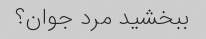
ببخشید مرد جوان؟